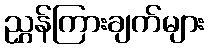
ညွှန်ကြားချက်များ